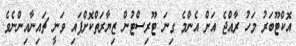
އޮކްޓޫބަރު މަހު ރާއްޖެ އަށް އެންމެ ގިނަ ޓޫރިސްޓުން ޒިޔާރަތްކޮށްފައި ވަނީ ޗައިނާއިންނެވެ.